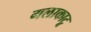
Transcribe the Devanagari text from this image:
गलाकाटू